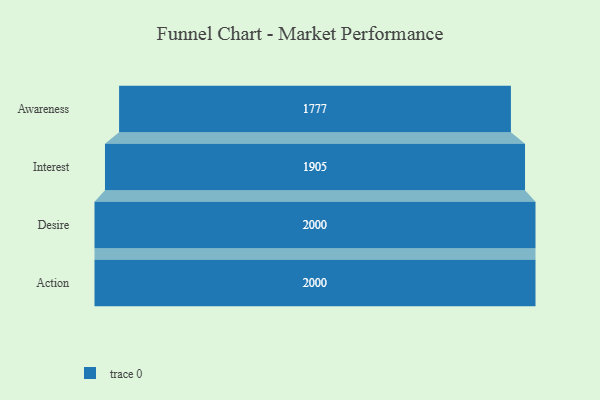
{"axis": {"x": "Stage", "y": "Value"}, "legend": [""], "data": [{"x": "Awareness", "y": 1777.0, "type": ""}, {"x": "Interest", "y": 1905.0, "type": ""}, {"x": "Desire", "y": 2000, "type": ""}, {"x": "Action", "y": 2000, "type": ""}]}